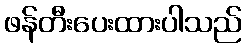
ဖန်တီးပေးထားပါသည်